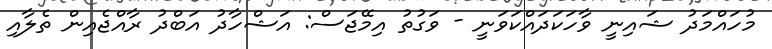
މުހައްމަދު ޝައިނީ ވާހަކަދައްކަވަނީ - ވަގުތު އިމޭޖަސް: އަޝްހާދު އަބްދު ރާއްޖެއިން ތެލާއި